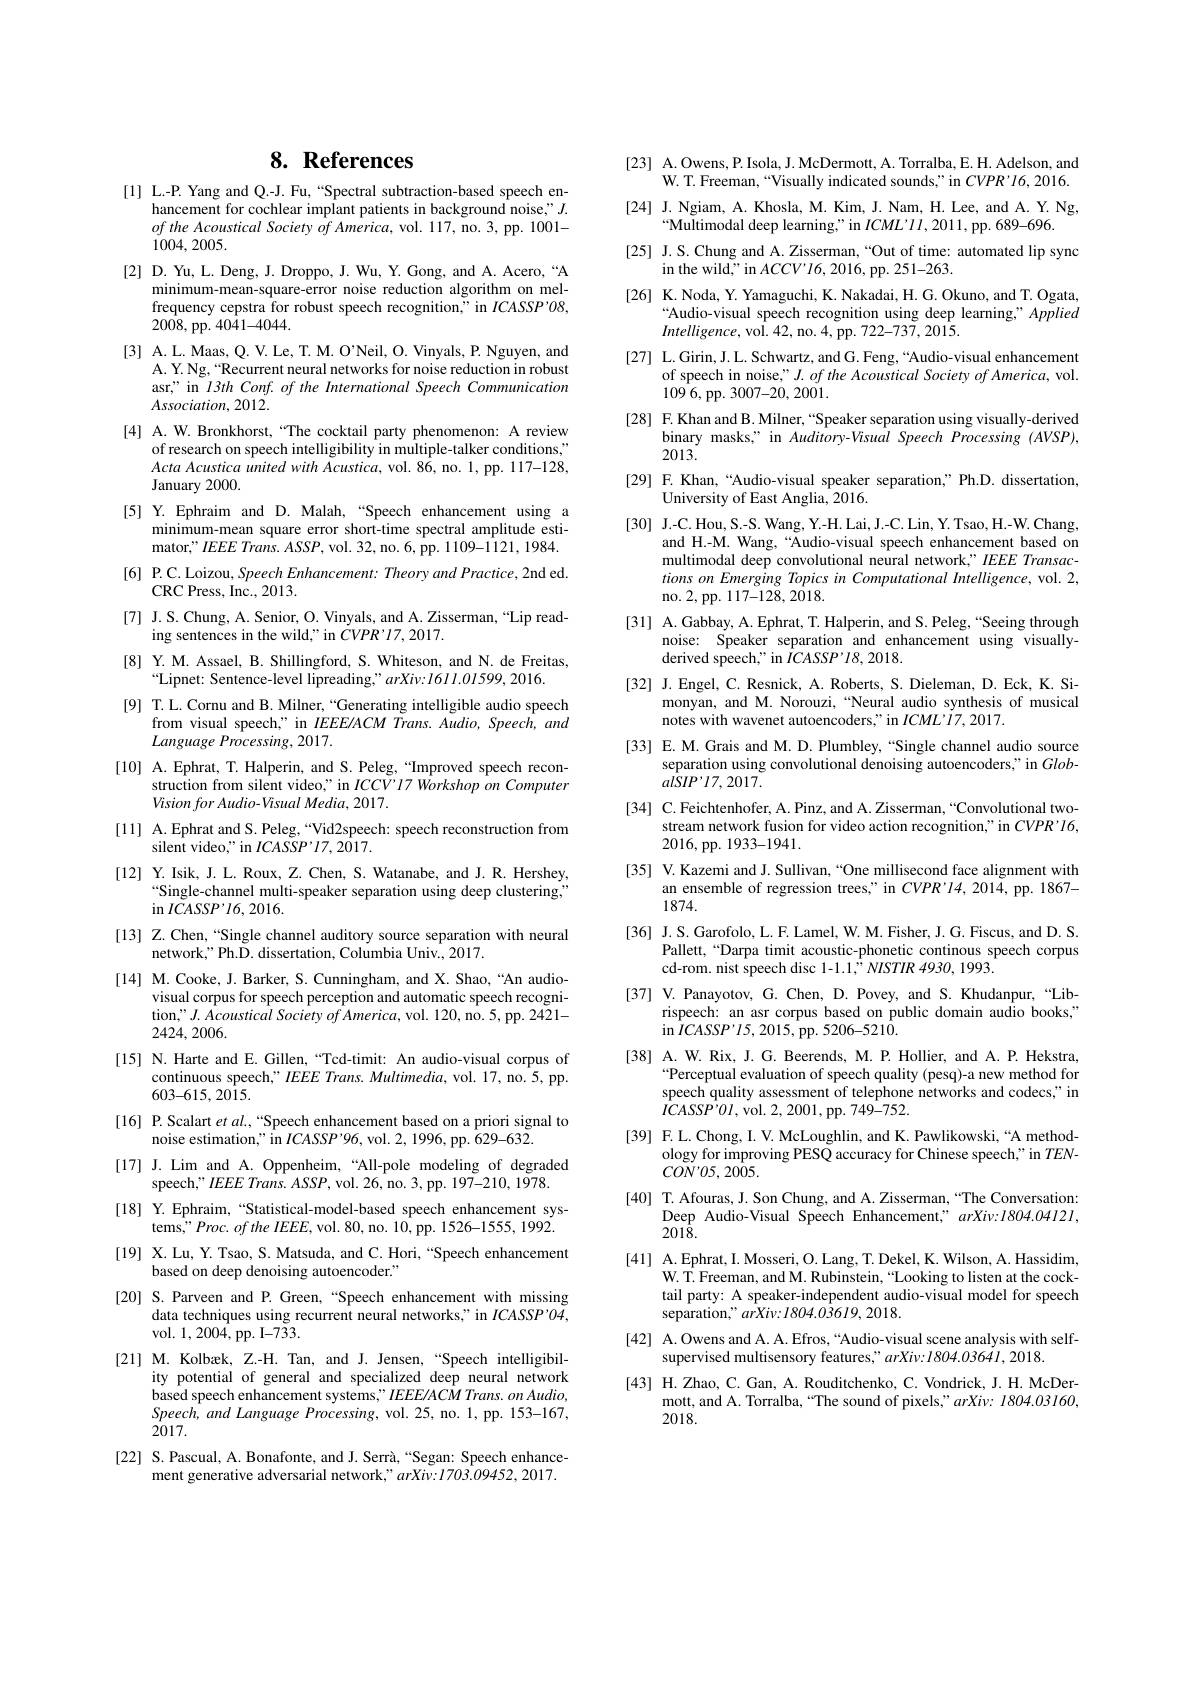
# 8. References

[1] L.-P. Yang and Q.-J. Fu,“Spectral subtraction-based speech en-
hancement for cochlear implant patients in background noise," $J.$ $oftheAcousticalSocietyofAmerica$,vol.117, no. 3, pp. 1001- 1004,2005.
[2] D. Yu, L. Deng, J. Droppo, J. Wu, Y. Gong, and A. Acero,“A
minimum-mean-square-error noise reduction algorithm on melfrequency cepstra for robust speech recognition," in $ICASSP^{\prime}08$, $200\dot{8}$,pp.$40\dot{4}1-4044.$
[3] A.L. Maas, Q. V. Le, T. M. O'Neil, O. Vinyals, P. Nguyen, and
A. Y. Ng, “Recurrent neural networks for noise reduction in robust asr," in $I3th\textit{Conf. of the International Speech Communication}$ $Association,2012.$
[4] A.W. Bronkhorst,“The cocktail party phenomenon: A review
of research on speech intelligibility in multiple-talker conditions," Acta Acustica united with Äcustica, vol. 86, no. 1, pp. 117-128, January 2000.
[5] Y.Ephraim and D. Malah, “Speech enhancement using a
minimum-mean square error short-time spectral amplitude estimator," IEEE Trans. ASSP, vol. 32, no. 6, pp. 1109-1121, 1984.
[6] P.C. Loizou, Speech Enhancement: Theory and Practice, 2nd ed.
CRC Press, Inc. , 2013.
[7] J.S. Chung, A. Senior, O. Vinyals, and A. Zisserman, “Lip read-
ing sentences in the wild," in $CVPR’17,2017.$
[8] Y. M. Assael, B. Shillingford, S. Whiteson, and N. de Freitas,
“Lipnet: Sentence-level lipreading,”arXiv:I6II.0I599,2016.
[9] T. L. Cornu and B. Milner, “Generating intelligible audio speech
from visual speech," in IEEE/ACM Trans. Aindio, Speech, and
Language Processing, 2017.
[10] A.Ephrat, T. Halperin, and S. Peleg,“Improved speech recon-
struction from silent video," in $ICCV^{\prime}I7$ Workshop on Computer
Vision for Audio- Visual Media, 2017.
[11] A.Ephrat and S. Peleg,“Vid2speech: speech reconstruction from
$\bar{\mathrm{silent~video,"~in~}}ICASSP^{\prime}I7,2\bar{017}.$
[12] Y.Isik, J. L. Roux, Z. Chen, S. Watanabe, and J. R. Hershey,
Single-channel multi-speaker separation using deep clustering,"
$\sin ICASSP’I6,2016.$
[13] Z.Chen,“Single channel auditory source separation with neural
network," Ph.D. dissertation, Columbia Univ., 2017.
[14] M. Cooke, J. Barker, S. Cunningham, and X. Shao,“An audio-
visual corpus for speech perception and automatic speech recognition," $J.Acoustical$ Society of America, vol. 120, no. 5, pp. 2421- 2424,2006.
[15] N. Harte and E. Gillen,“Tcd-timit: An audio-visual corpus of
continuous speech," IEEE Trans. Multimedia, vol. 17, no. 5, pp.
$603–615,2015.$
[16] P.Scalart et $al.,“$Speech enhancement based on a priori signal to
noise estimation," in $ICASSP^{\prime}96$,vol. 2, 1996, pp. 629-632.
[17] J. Lim and A. Oppenheim,“All-pole modeling of degraded
speech," IEEE Trans. ASSP, vol. 26, no. 3, pp. 197-210, 1978.
[18] Y. Ephraim,“Statistical-model-based speech enhancement sys-
tems," Proc. of the IEEE, vol. 80, no. 10, pp. 1526-1555, 1992. [19] X.Lu, Y. Tsao, S. Matsuda, and C. Hori, “Speech enhancement
based on deep denoising autoencoder."
[20] S. Parveen and P. Green,“Speech enhancement with missing
data techniques using recurrent neural networks," in $ICASSP^{\prime}04$,
vol. 1,2004,pp. I-733.
[21] M. Kolbæk, Z.-H. Tan, and J. Jensen,“Speech intelligibil-
ity potential of general and specialized deep neural network based speech enhancement systems," IEEE/ACM Trans. on Audio, $Speech,and$ Language Processing, vol. 25, no. 1, pp. 153-167, 2017.
[22] S.Pascual, A. Bonafonte, and J. Serrà,“Segan: Speech enhance-
ment generative adversarial network," arXiv: I703.09452, 2017.

[23] A.Owens,P.Isola, J. McDermott, A. Torralba, E. H. Adelson, and
W. T. Freeman, “Visually indicated sounds,”in $CVPR^{\prime}I6,2016.$ [24] J.Ngiam, A. Khosla, M. Kim, J. Nam, H. Lee, and A. Y. Ng,
$“$Multimodal deep learning," in $ICML’II,2011$,pp. 689-696.
[25] J.S.Chung and A.Zisserman,“Out of time: automated lip sync
in the wild," in $ACCV^{\prime}I6,2016$,pp. 251-263.
[26] K.Noda, Y. Yamaguchi, K. Nakadai, H. G. Okuno, and T. Ogata,
“Audio-visual speech recognition using deep learning," Applied
$Intelligence$, vol. 42, no. 4, pp. 722-737, 2015.
[27] L.Girin, J. L. Schwartz, and G. Feng,“Audio-visual enhancement
of speech in noise," J. of the Acoustical Society of America, vol.
109 6, pp. 3007-20, 2001.
[28] F.Khan and B. Milner, “Speaker separation using visually-derived
binary masks," in Auditory-Visual Speech Processing (AVSP),
2013.
[29] F.Khan,“Audio-visual speaker separation,”Ph.D. dissertation,
University of East Anglia, 2016.
[30] J.-C.Hou, S.-S. Wang, Y.-H. Lai, J.-C. Lin, Y. Tsao, H.-W. Chang,
and H.-M. Wang,“Audio-visual speech enhancement based on multimodal deep convolutional neural network," IEEE Transactions on Emerging Topics in Computational Intelligence, vol. 2, no.2,pp.117-128,2018.
[31] A.Gabbay, A. Ephrat, T. Halperin, and S. Peleg, “Seeing through
noise: Speaker separation and enhancement using visually-
${\mathrm{derived~speech,"~in~}}\hat{ICASSP}^{\prime}I8,2018.$
[32] J.Engel, C. Resnick, A. Roberts, S. Dieleman, D. Eck, K. Si-
monyan, and M. Norouzi,“Neural audio synthesis of musical
notes with wavenet autoencoders," in $ICML’\dot{1}7,2017.$
[33] E. M. Grais and M. D. Plumbley, “Single channel audio source
separation using convolutional denoising autoencoders," in $Glob-$
$alSIP’I7,2017.$
[34] C.Feichtenhofer, A. Pinz, and A. Zisserman, “Convolutional two-
stream network fusion for video action recognition," in $CVPR^{\prime}I6$,
2016,pp. 1933-1941.
[35] V.Kazemi and J. Sullivan,“One millisecond face alignment with
an ensemble of regression trees," in $CVPR^{\prime}14,201\tilde{4}$, pp. 1867-
1874.
[36] J.S.Garofolo, L. F. Lamel, W. M. Fisher, J. G. Fiscus, and D. S.
Pallett,“Darpa timit acoustic-phonetic continous speech corpus
cd-rom. nist speech disc 1-1.1," NISTIR 4930, 1993.
[37] V. Panayotov, G. Chen, D. Povey, and S. Khudanpur, “Lib-
rispeech: an asr corpus based on public domain audio books,"
in $\bar{I} CASSP’ I5, 2015$,pp. 5206-5210.
[38] A. W. Rix, J. G. Beerends, M. P. Hollier, and A. P. Hekstra,
 Perceptual evaluation of speech quality (pesq)-a new method for speech quality assessment of telephone networks and codecs," in $\bar{IC}ASSP^{'}0I$,vol. 2,2001,pp. 749-752.
[39] F.L.Chong, I. V. McLoughlin, and K. Pawlikowski,“A method-
ology for improving PESQ accuracy for Chinese speech," in $TEN$-
$CON^{\prime}O5,2005.$
[40] T. Afouras, J. Son Chung, and A. Zisserman, “The Conversation:
Deep Audio-Visual Speech Enhancement," $arXiv:I804.0412I$,
$201\bar{8}.$
[41] A.Ephrat, I. Mosseri, O. Lang, T. Dekel, K. Wilson, A. Hassidim,
W. T. Freeman, and M. Rubinstein, “Looking to listen at the cocktail party: A speaker-independent audio-visual model for speech $separation,"arXiv{:}I804.0\dot{3}6I9,2018.$
[42] A.Owens and A. A. Efros, “Audio-visual scene analysis with self-
supervised multisensory features," arXiv: $l804.0364I,2018.$
[43] H.Zhao, C. Gan, A. Rouditchenko, C. Vondrick, J. H. McDer-
mott, and A. Torralba, “The sound of pixels,”arXiv: I804.03160,
2018.